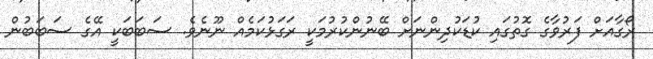
ރޯގާއަށް ފަރުވާގެ ގޮތުގައި ކުޑަކުދިންނަށް ބޭނުންކުރުމަކީ ރަގަޅުކަމެއް ނޫނެވެ. ސަބަބަކީ އޭގެ ސަބަބުން